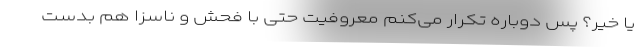
یا خیر؟ پس دوباره تکرار می‌کنم معروفیت حتی با فحش و ناسزا هم بدست